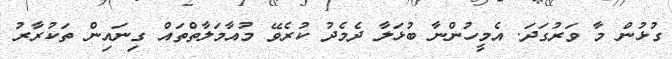
ގުޅުން މާ ވަރުގަދަ. އެމީހުންނާ ބުޅަލާ ދެމެދު ކުރެވޭ މުއާމަލާތްތައް ގިނައިން ތަކުރާރު